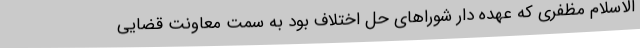
الاسلام مظفری که عهده دار شوراهای حل اختلاف بود به سمت معاونت قضایی